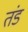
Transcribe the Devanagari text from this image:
तंड